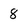
Character: 8